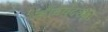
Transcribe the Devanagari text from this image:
सौंदर्यदर्शन